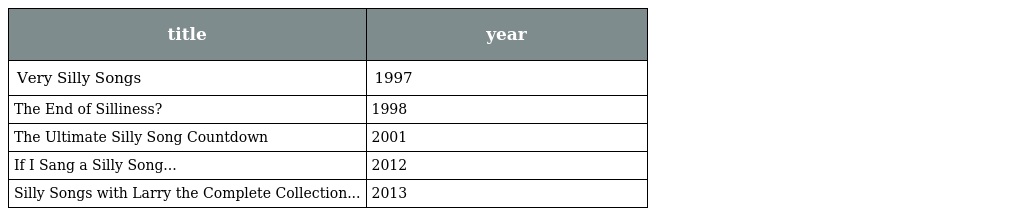
| title | year |
 | --- | --- |
 | Very Silly Songs | 1997 |
 | The End of Silliness? | 1998 |
 | The Ultimate Silly Song Countdown | 2001 |
 | If I Sang a Silly Song... | 2012 |
 | Silly Songs with Larry the Complete Collection... | 2013 |